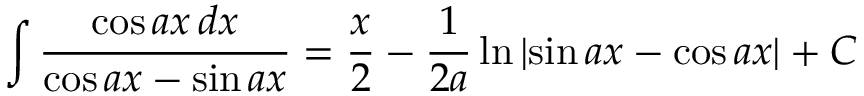
\int { \frac { \cos a x \, d x } { \cos a x - \sin a x } } = { \frac { x } { 2 } } - { \frac { 1 } { 2 a } } \ln \left| \sin a x - \cos a x \right| + C